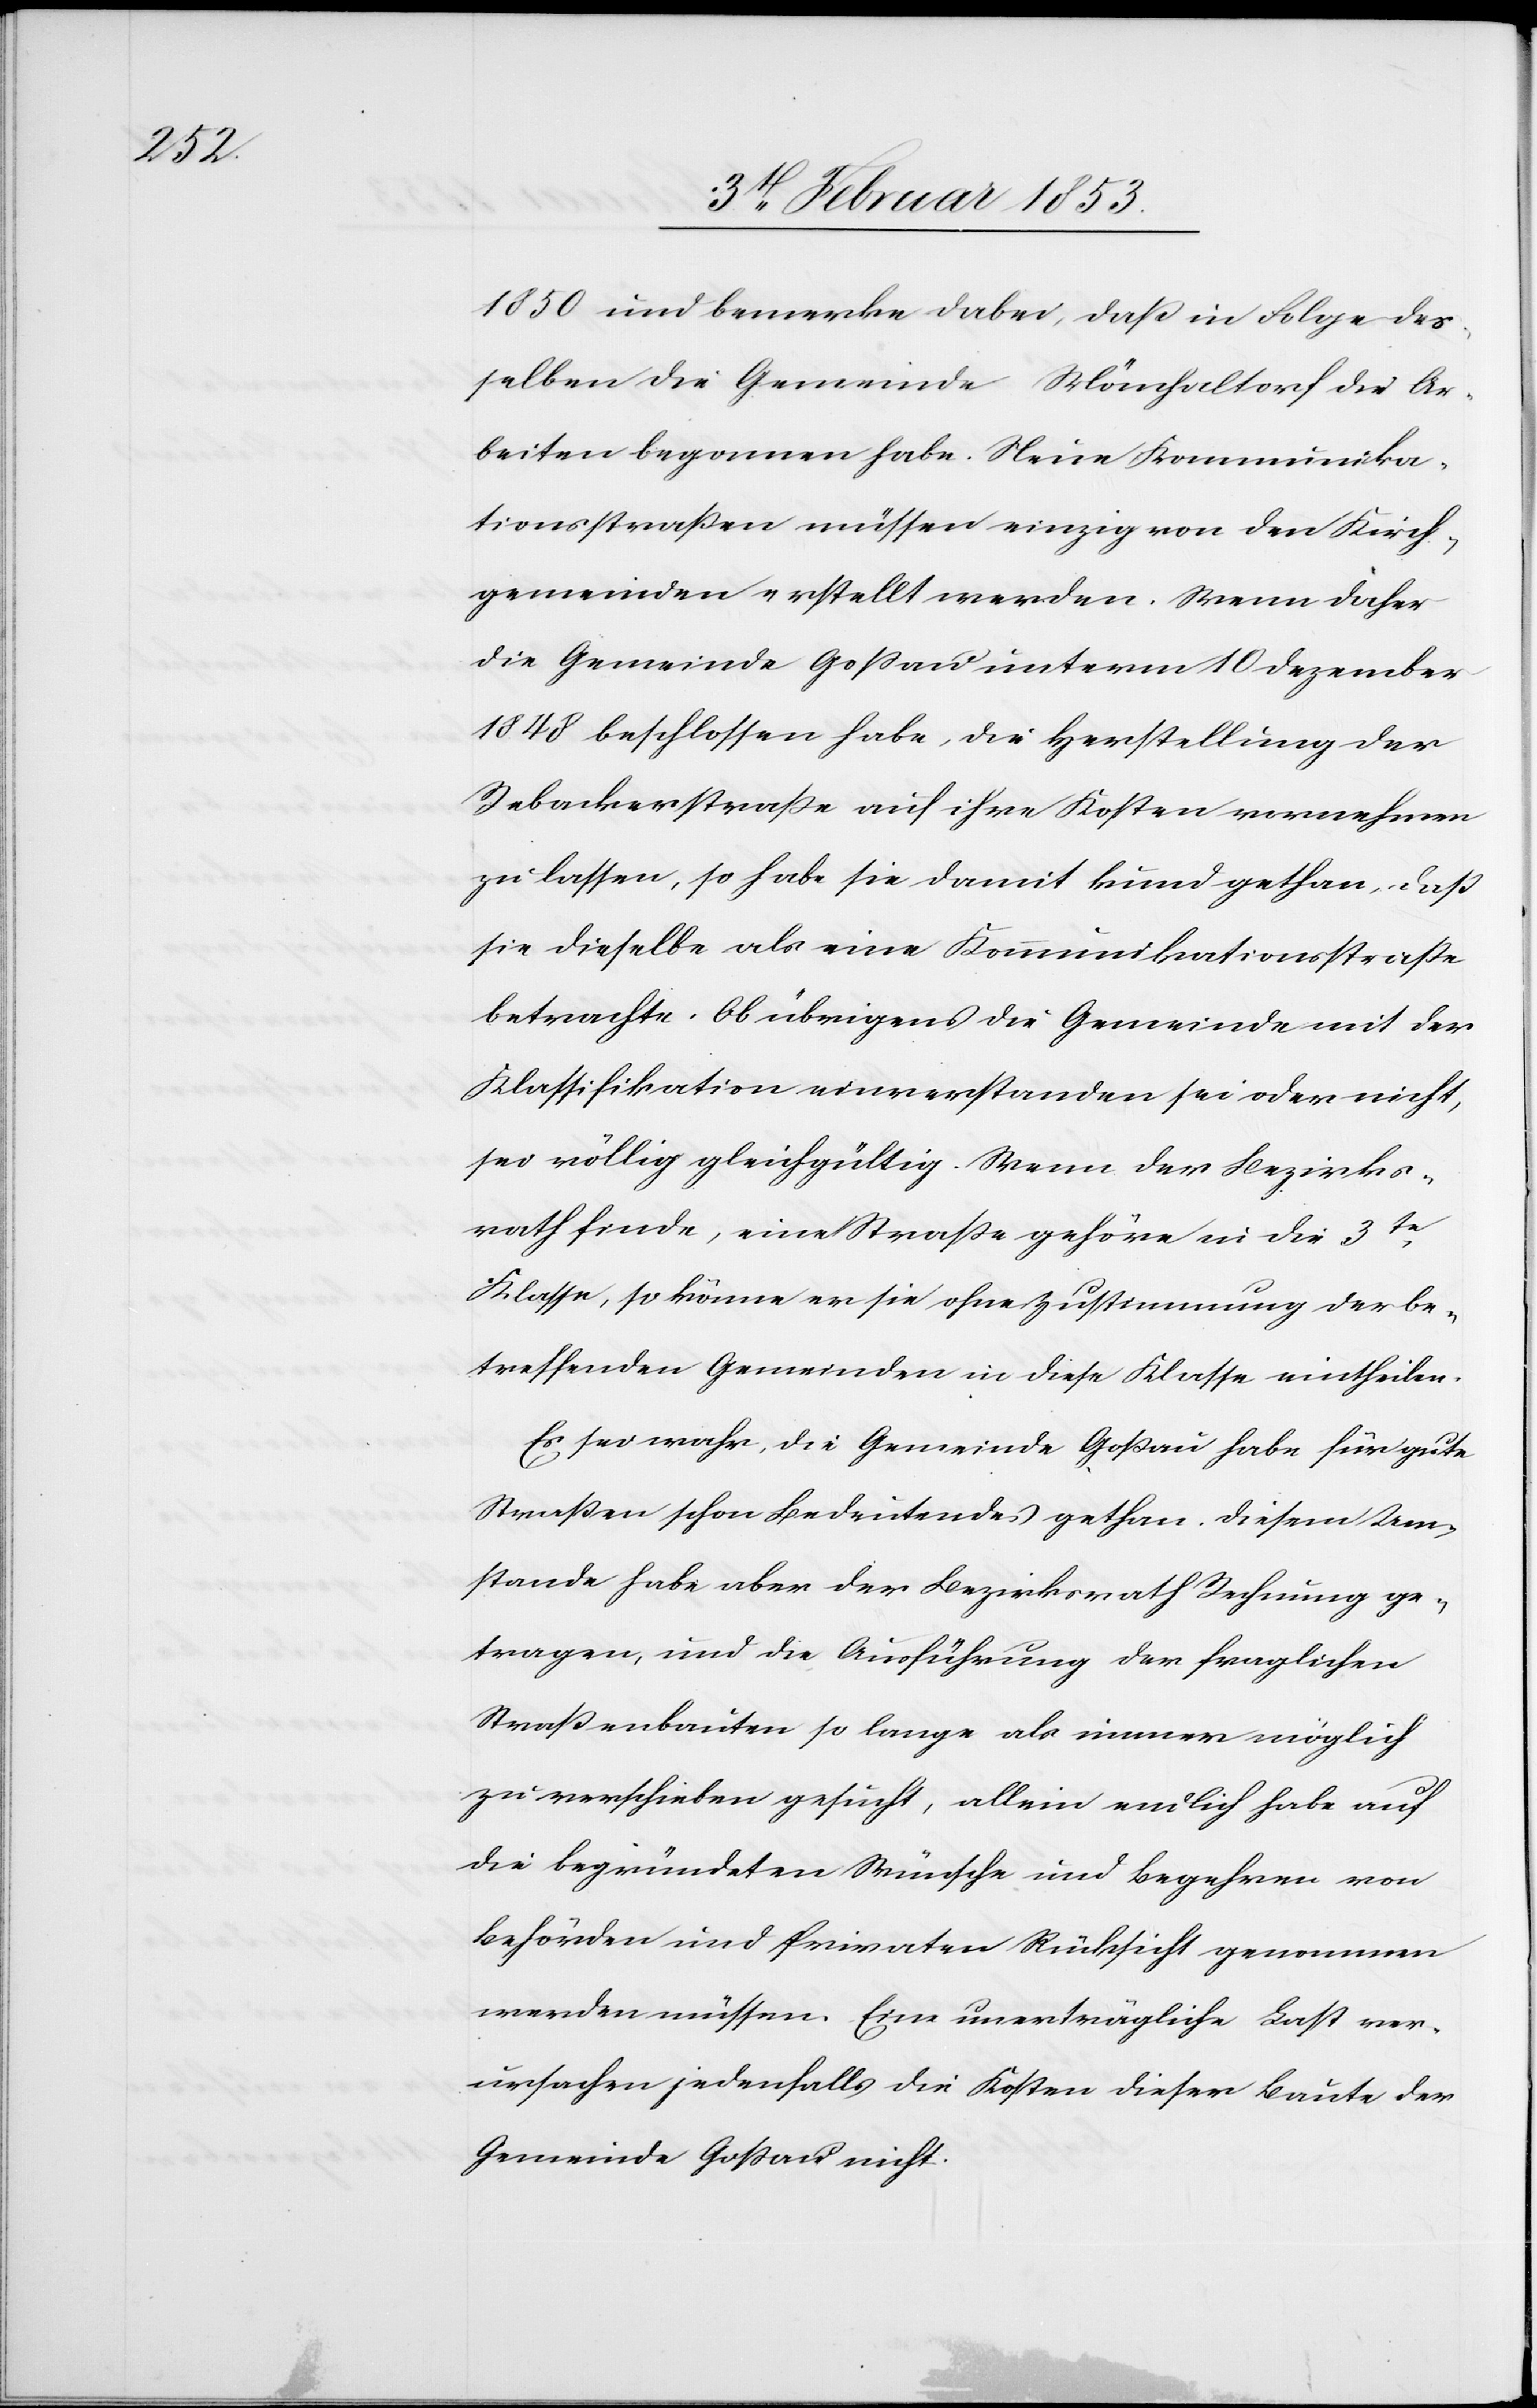
1850 und bemerke dabei, daß in Folge des¬
selben die Gemeinde Mönchaltorf die Ar¬
beiten begonnen habe. Neue Kommunika¬
tionsstraßen müssen einzig von der Kirch¬
gemeinde erstellt werden. Wenn daher
die Gemeinde Goßau unterm 10 Dezember
1848 beschlossen habe, die Herstellung der
Rebackerstraße auf ihre Kosten vornehmen
zu lassen, so habe sie damit kund gethan, daß
sie dieselbe als eine Kommunikationsstraße
betrachte. Ob übrigens die Gemeinde mit der
Klassifikation einverstanden sei oder nicht,
sei völlig gleichgültig. Wenn der Bezirks¬
rath finde, eine Straße gehöre in die 3te.
Klasse, so könne er sie ohne Zustimmung der be¬
treffenden Gemeinden in diese Klasse eintheilen.
Es sei wahr, die Gemeinde Goßau habe für gute
Straßen schon Bedeutendes gethan. Diesem Um¬
stande habe aber der Bezirksrath Rechnung ge¬
tragen, und die Ausführung der fraglichen
Straßenbauten so lange als immer möglich
zu verschieben gesucht, allein endlich habe auf
die begründeten Wünsche und Begehren von
Behörden und Privaten Rücksicht genommen
werden müssen. Eine unerträgliche Last ver¬
ursachen jedenfalls die Kosten dieser Baute der
Gemeinde Goßau nicht.